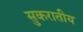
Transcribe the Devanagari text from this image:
सुकरातीय